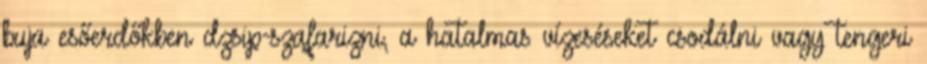
buja esőerdőkben dzsip-szafarizni, a hatalmas vízeséseket csodálni vagy tengeri